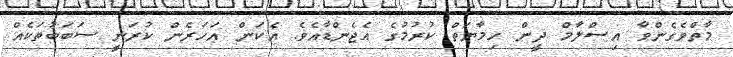
މާތްވެގެންވާ އިސްލާމް ދީން ހިމާޔަތް ކުރުމުގެ އެޖެންޑާއެވެ. އެކަން އަހަރެން ކުރަނީ ސަބަބުތަކެއް